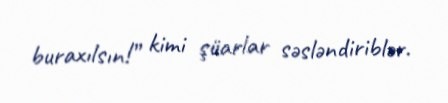
buraxılsın!” kimi şüarlar səsləndiriblər.